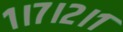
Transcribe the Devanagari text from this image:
१।७।२।१